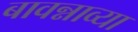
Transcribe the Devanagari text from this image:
बावन्नाव्या